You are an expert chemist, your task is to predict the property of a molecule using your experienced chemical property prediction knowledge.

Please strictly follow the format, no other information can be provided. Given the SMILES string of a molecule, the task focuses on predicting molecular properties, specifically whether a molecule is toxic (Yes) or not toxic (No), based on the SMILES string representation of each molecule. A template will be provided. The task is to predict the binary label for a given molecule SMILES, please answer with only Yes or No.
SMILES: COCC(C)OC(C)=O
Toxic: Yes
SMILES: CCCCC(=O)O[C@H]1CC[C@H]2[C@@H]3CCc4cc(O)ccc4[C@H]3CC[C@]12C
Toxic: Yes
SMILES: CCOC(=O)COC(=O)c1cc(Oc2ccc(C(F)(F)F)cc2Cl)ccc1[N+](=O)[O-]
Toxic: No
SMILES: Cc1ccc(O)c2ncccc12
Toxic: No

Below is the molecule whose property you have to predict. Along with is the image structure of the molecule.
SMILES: NN
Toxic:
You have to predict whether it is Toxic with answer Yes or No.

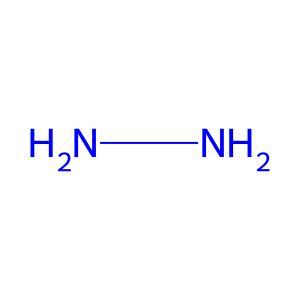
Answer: No